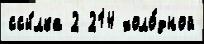
ссы́лка 2 214 холо́дной